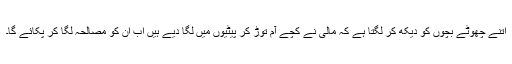
اتنے چھوٹے بچوں کو دیکھ کر لگتا ہے کہ مالی نے کچے آم توڑ کر پیٹیوں میں لگا دیے ہیں اب ان کو مصالحہ لگا کر پکائے گا۔